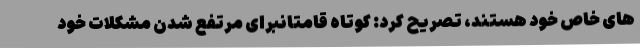
های خاص خود هستند، تصریح کرد: کوتاه قامتانبرای مرتفع شدن مشکلات خود